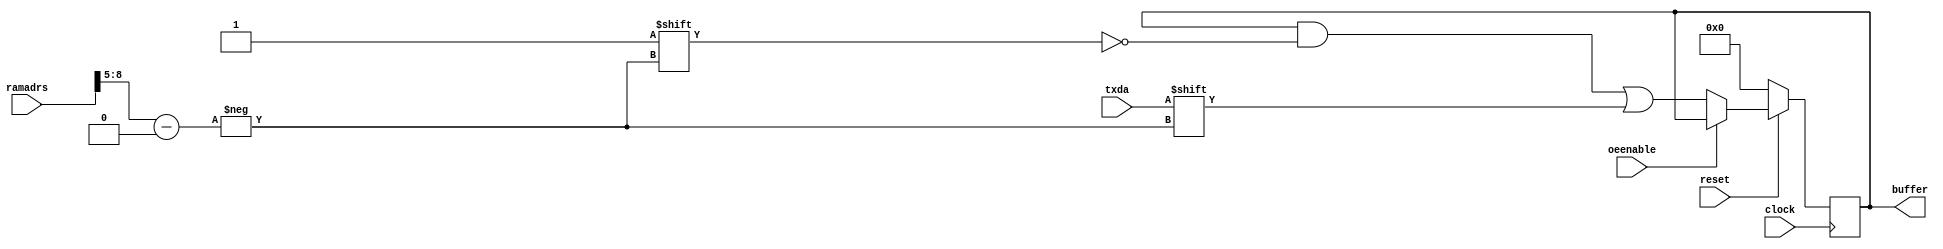
// Copyright 1991-2015 Mentor Graphics Corporation

// All Rights Reserved.

// THIS WORK CONTAINS TRADE SECRET AND PROPRIETARY INFORMATION
// WHICH IS THE PROPERTY OF MENTOR GRAPHICS CORPORATION
// OR ITS LICENSORS AND IS SUBJECT TO LICENSE TERMS.

//
// Description : Register storage for incoming data.

`timescale 1ns / 1ns

module store (clock, reset, oeenable, ramadrs, txda, buffer);

    parameter counter_size = 4;
    parameter buffer_size = 16;

    // Define blocks I/O's
    input  clock, reset, oeenable, txda;
    input [(counter_size *2):0] ramadrs;
    output [buffer_size-1:0] buffer;

    // Define wires for connecting wires.
    wire  clock, reset, oeenable, txda, outstrobe, rxda;
    wire [(counter_size * 2):0] ramadrs;

    // Define Register types for storage
    reg [buffer_size-1:0] buffer;

    //
    // This block produces a n-bit register along
    // with decode logic to load each of the bits
    // in the register.
    //
    always @ (posedge clock)
    begin : Storer
        integer i;
        if (reset == 1'b0) begin
            buffer <= 0;
        end else if (oeenable == 1'b0) begin
            i = ramadrs[(counter_size * 2):(counter_size + 1)];
            buffer[i] <= txda;
        end
    end

endmodule